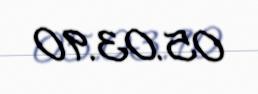
05.03.90